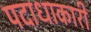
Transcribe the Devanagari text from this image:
पदाधाकारी